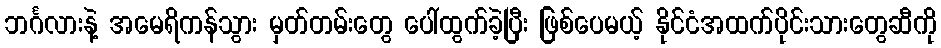
ဘင်္ဂလားနဲ့ အမေရိကန်သွား မှတ်တမ်းတွေ ပေါ်ထွက်ခဲ့ပြီး ဖြစ်ပေမယ့် နိုင်ငံအထက်ပိုင်းသားတွေဆီကို